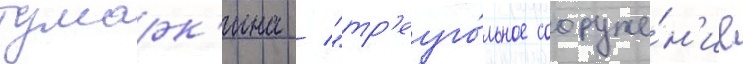
тумарк'ина / "тр'еуго́льное сооруже́н'ие